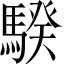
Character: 騤